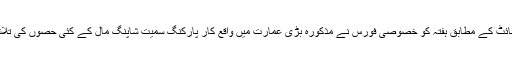
ویب سائٹ کے مطابق ہفتہ کو خصوصی فورس نے مذکورہ بڑی عمارت میں واقع کار پارکنگ سمیت شاپنگ مال کے کئی حصوں کی تلاشی لی۔